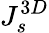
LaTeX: J_{s}^{3D}